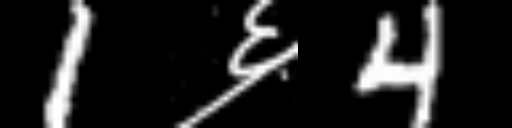
Text: 1६4